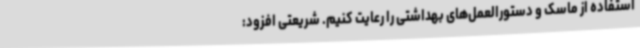
استفاده از ماسک و دستورالعمل‌های بهداشتی را رعایت کنیم. شریعتی افزود: